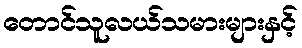
တောင်သူလယ်သမားများနှင့်